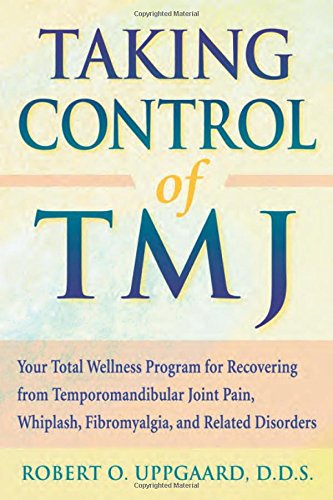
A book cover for Taking Control of TMJ: Your Total Wellness Program for Recovering from Temporomandibular Joint Pain, Whiplash, Fibromyalgia, and Related Disorders; Robert Uppgaard; Medical Books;